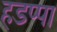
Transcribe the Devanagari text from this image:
हडप्‍पा